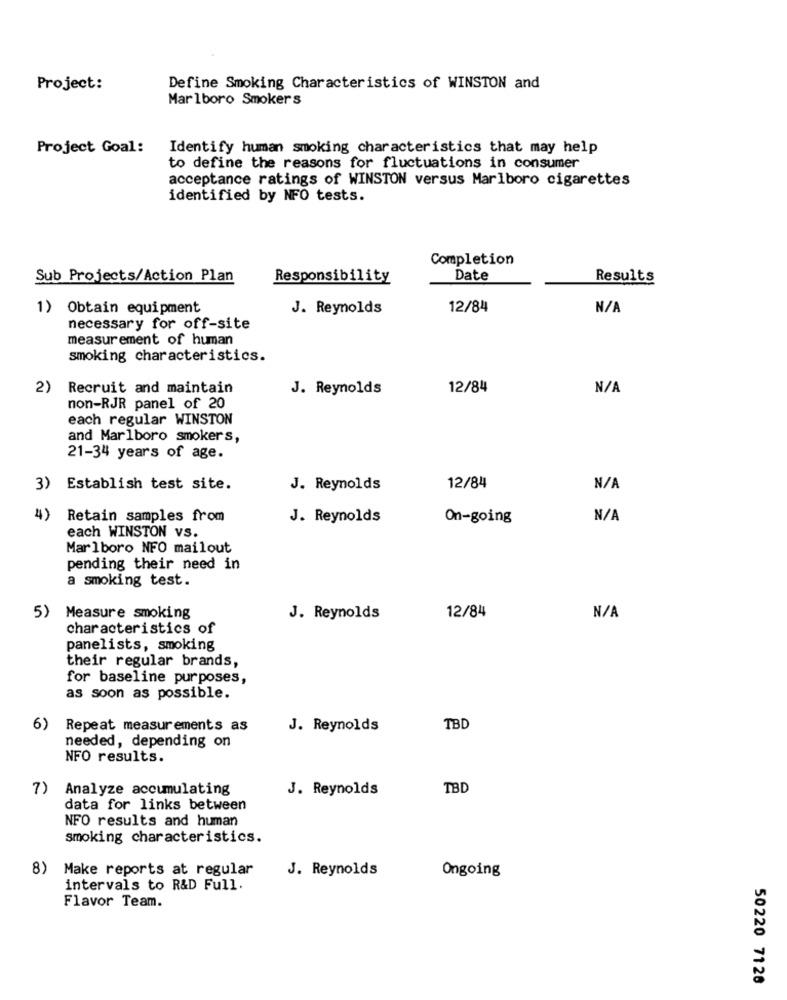
Project:
Define Smoking Characteristics of WINSTON and
Marlboro Smokers
Project Goal:
Identify human smoking characteristics that may help
to define the reasons for fluctuations in consumer
acceptance ratings of WINSTON versus Marlboro cigarettes
identified by NFO tests.
Completion
Sub Projects/Action Plan
Responsibility
Date
Results
1) Obtain equipment
J. Reynolds
12/84
necessary for off-site
measurement of human
smoking characteristics.
2)
Recruit and maintain
J. Reynolds
12/84
non-RJR panel of 20
each regular WINSTON
and Marlboro smokers,
21-34 years of age.
3)
Establish test site.
J. Reynolds
12/84
4)
Retain samples from
J. Reynolds
On-going
each WINSTON vs.
Marlboro NFO mailout
pending their need in
a smoking test.
5)
Measure smoking
J. Reynolds
12/84
characteristics of
panelists, smoking
their regular brands,
for baseline purposes,
as soon as possible.
6)
Repeat measurements as
J. Reynolds
TBD
needed, depending on
NFO results.
7)
Analyze accumulating
J. Reynolds
TBD
data for links between
NFO results and human
smoking characteristics.
8)
Make reports at regular
J. Reynolds
Ongoing
intervals to R&D Full.
Flavor Team.
50220 7128